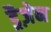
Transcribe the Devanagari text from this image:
ड्रैज़ेन